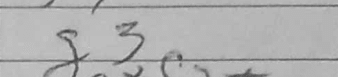
Transcription: g3